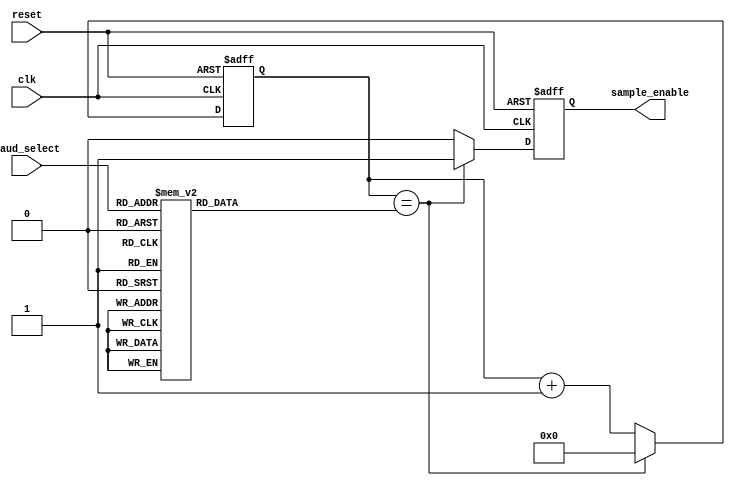
////////////////////////////////////////////////////
//Module : UART Baud Controller
//Discreption : Produce a pulse at a given rate - clock 15ns
////////////////////////////////////////////////////
module UARTBaudController_15clk(
	clk,
	reset,
	baud_select,
	sample_enable
);

	input wire reset, clk;
	input wire [2:0] baud_select;
 
	output reg sample_enable;

	reg [15:0] max_counter;
	
	reg [15:0] counter;

	/*Max counter values have been calculated with this equation 
		max_counter = ((1/Baud_rate*10^9)/clock_period)/16 */ 
	always @(baud_select) begin
		case (baud_select)
		3'b000: begin
			max_counter = 16'd13889; 	
		end	
		3'b001: begin
			max_counter = 16'd3472; 	
		end
		3'b010: begin
			max_counter = 16'd868; 	
		end
		3'b011: begin
			max_counter = 16'd434; 	
		end
		3'b100: begin
			max_counter = 16'd217; 	
		end
		3'b101: begin
			max_counter = 16'd109; 	
		end
		3'b110: begin
			max_counter = 16'd72; 	
		end
		3'b111: begin
			max_counter = 16'd36; 	
		end	
		default begin
			max_counter = 16'd10417;					
		end
		endcase	
	end

	/*Create a sample enable at when the counter reaches the desired max value 
		that represents a specific baud_rate*/
	always @(posedge clk or posedge reset) begin
		if (reset) begin
			counter <= 'b0;
			sample_enable <= 0; 
		end else begin
			if (counter == max_counter) begin
				sample_enable <= 1;
				counter <= 'b0;
			end else begin
				counter <= counter + 1;
				sample_enable <= 0; 
			end
		end
	end

endmodule // UARTBaudController_15clk